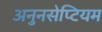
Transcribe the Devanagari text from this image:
अनुनसेप्टियम